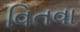
વિતવા